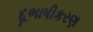
દૂભાષીકરણ